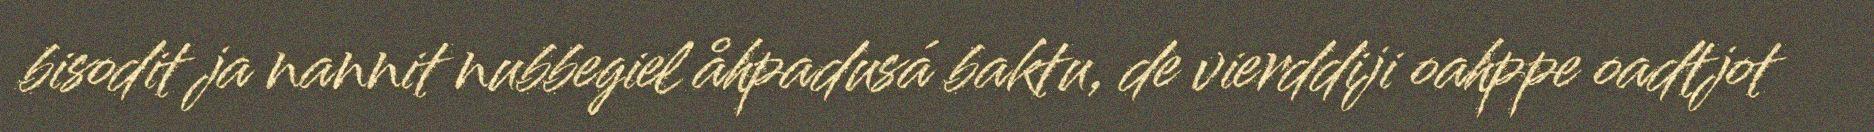
bisodit ja nannit nubbegiel åhpadusá baktu, de vierddiji oahppe oadtjot